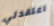
اعتقدتي